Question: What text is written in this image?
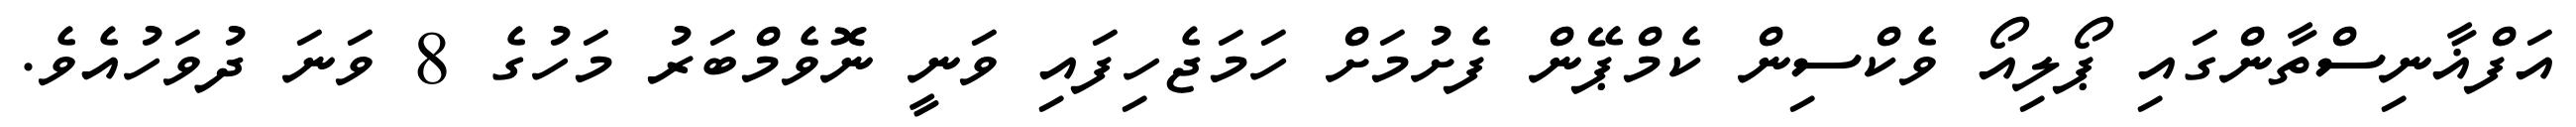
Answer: އަފްޣާނިސްތާންގައި ޕޯލިއޯ ވެކްސިން ކެމްޕޭން ފެށުމަށް ހަމަޖެހިފައި ވަނީ ނޮވެމްބަރު މަހުގެ 8 ވަނަ ދުވަހުއެވެ.